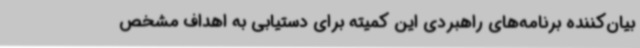
بیان‌کننده برنامه‌های راهبردی این کمیته برای دستیابی به اهداف مشخص‌